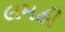
લમહી